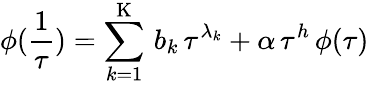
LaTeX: \phi(\frac{1}{\tau})=\sum_{k=1}^{\mathrm{K}}\, b_{k}\, \tau^{\lambda_{k}}+\alpha\, \tau^{h}\, \phi(\tau)